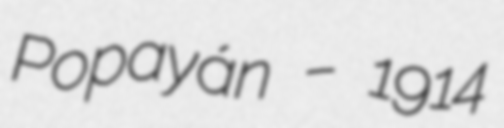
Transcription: Popayán – 1914